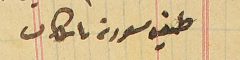
طبق مسودة باشكاتب